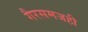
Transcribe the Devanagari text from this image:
गैरसमजही